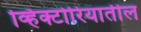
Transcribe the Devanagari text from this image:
व्हिक्टोरियातील